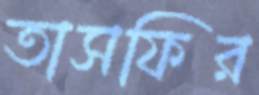
তাসফির